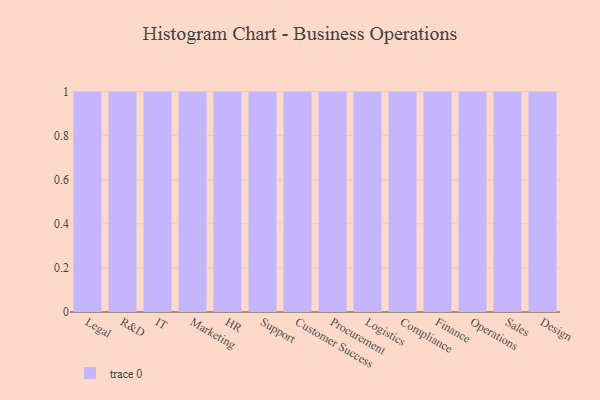
{"axis": {"x": "Department", "y": "Waste Production (Tons)"}, "legend": [""], "data": [{"x": "Legal", "y": 34, "type": ""}, {"x": "R&D", "y": 82, "type": ""}, {"x": "IT", "y": 55, "type": ""}, {"x": "Marketing", "y": 96, "type": ""}, {"x": "HR", "y": 63, "type": ""}, {"x": "Support", "y": 52, "type": ""}, {"x": "Customer Success", "y": 40, "type": ""}, {"x": "Procurement", "y": 8, "type": ""}, {"x": "Logistics", "y": 42, "type": ""}, {"x": "Compliance", "y": 100, "type": ""}, {"x": "Finance", "y": 11, "type": ""}, {"x": "Operations", "y": 44, "type": ""}, {"x": "Sales", "y": 10, "type": ""}, {"x": "Design", "y": 36, "type": ""}]}